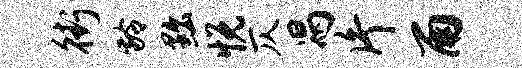
街龄黜悦仄舄片雨